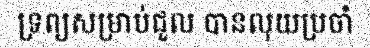
ទ្រព្យសម្រាប់ជួល បានលុយប្រចាំ